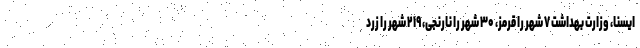
ایسنا، وزارت بهداشت ۷ شهر را قرمز، ۳۰ شهر را نارنجی، ۲۱۹ شهر را زرد